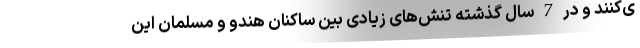
ی‌کنند و در 7 سال گذشته تنش‌‌های زیادی بین ساکنان هندو و مسلمان این